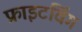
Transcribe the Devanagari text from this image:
फ्राइटविंग